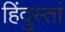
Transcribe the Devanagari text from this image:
हिंदुस्तां